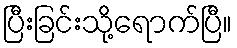
ပြီးခြင်းသို့ရောက်ပြီ။